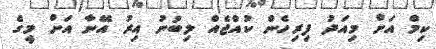
ކިމް އަށް މިއަދު ފިރިހެން ކުއްޖެއް ލިބުނު އިރު އޭނާ އަށް މީގެ